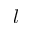
l